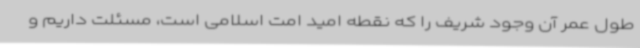
طول عمر آن وجود شریف را که نقطه امید امت اسلامی است، مسئلت داریم و